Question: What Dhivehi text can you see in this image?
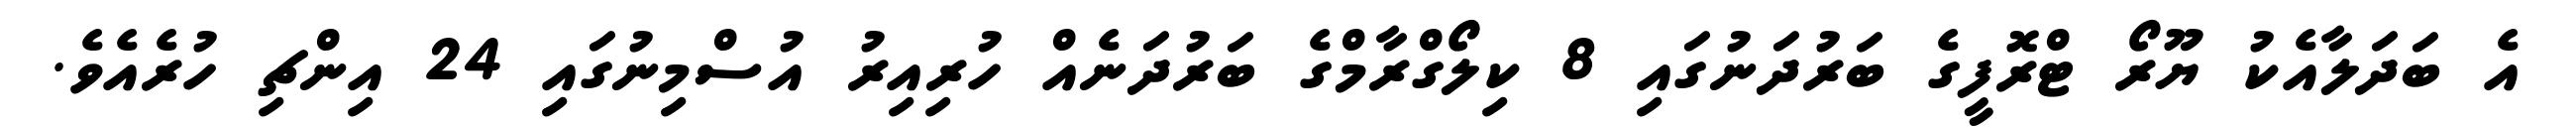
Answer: އެ ބަދަލާއެކު ޔޫރޯ ޓްރޮފީގެ ބަރުދަނުގައި 8 ކިލޯގްރާމްގެ ބަރުދަނެއް ހުރިއިރު އުސްމިނުގައި 24 އިންޗި ހުރެއެވެ.